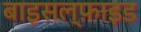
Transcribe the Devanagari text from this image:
बाइसल्फ़ाइड